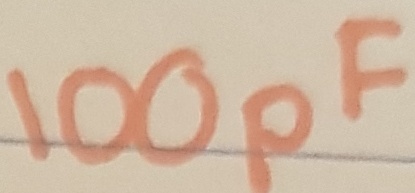
Text: 100pF